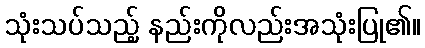
သုံးသပ်သည့် နည်းကိုလည်းအသုံးပြု၏။